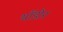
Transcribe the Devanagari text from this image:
थॉडोर